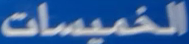
الخميسات